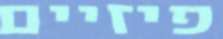
פיזיים